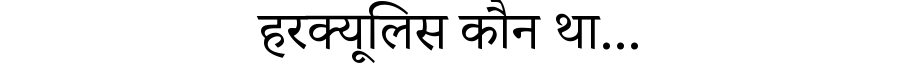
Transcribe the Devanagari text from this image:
हरक्यूलिस कौन था...